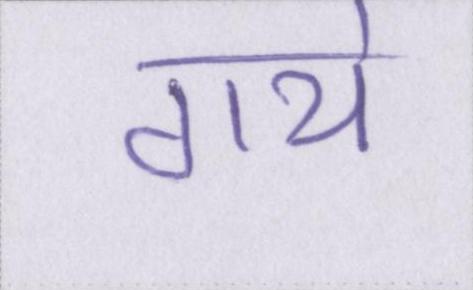
गये